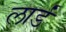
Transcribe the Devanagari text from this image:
लार्डं